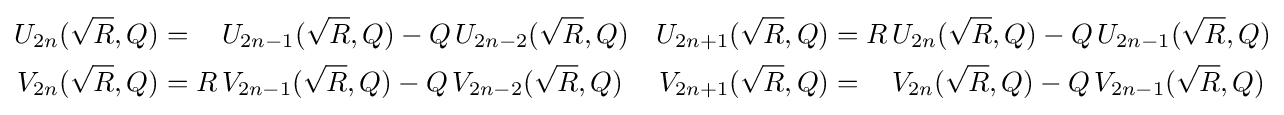
{\begin{aligned}U_{2n}({\sqrt {R}},Q)&={\phantom {R\,}}U_{2n-1}({\sqrt {R}},Q)-Q\,U_{2n-2}({\sqrt {R}},Q)&U_{2n+1}({\sqrt {R}},Q)&=R\,U_{2n}({\sqrt {R}},Q)-Q\,U_{2n-1}({\sqrt {R}},Q)\\V_{2n}({\sqrt {R}},Q)&=R\,V_{2n-1}({\sqrt {R}},Q)-Q\,V_{2n-2}({\sqrt {R}},Q)&V_{2n+1}({\sqrt {R}},Q)&={\phantom {R\,}}V_{2n}({\sqrt {R}},Q)-Q\,V_{2n-1}({\sqrt {R}},Q)\end{aligned}}